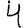
Digit: 4